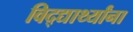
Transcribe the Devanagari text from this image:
विद्द्यार्थ्यांना